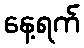
နေ့ရက်